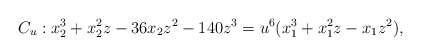
\begin{align*} C_u : x_2^3+x_2^2z-36x_2z^2-140z^3 = u^6 (x_1^3+x_1^2z -x_1z^2),\end{align*}